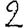
Digit: 2